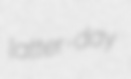
latter-day